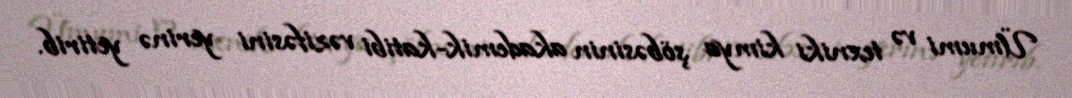
Ümumi və texniki kimya şöbəsinin akademik-katibi vəzifəsini yerinə yetirib.